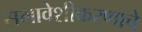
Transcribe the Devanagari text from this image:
समावेशीकरणाचे